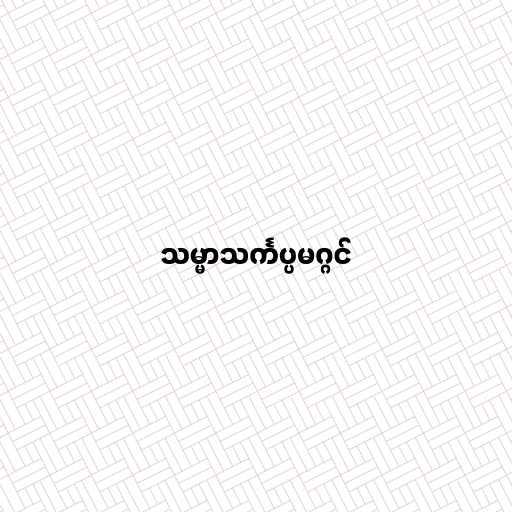
သမ္မာသင်္ကပ္ပမဂ္ဂင်